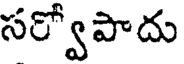
సర్వోపాదు